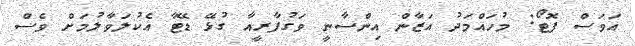
އަވަސް ފޮޓޯ: މުހައްމަދު އަޒާން އިންސާނީ ވަގުފާރީއާ ގުޅޭ ޑޭޓާ އެކުލަވާލުމަށް ވެސް